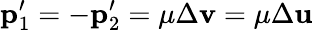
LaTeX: \mathbf{p}_{1}^{\prime}=-\mathbf{p}_{2}^{\prime}=\mu\Delta\mathbf{v}=\mu\Delta\mathbf{u}